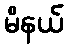
မိနယ်